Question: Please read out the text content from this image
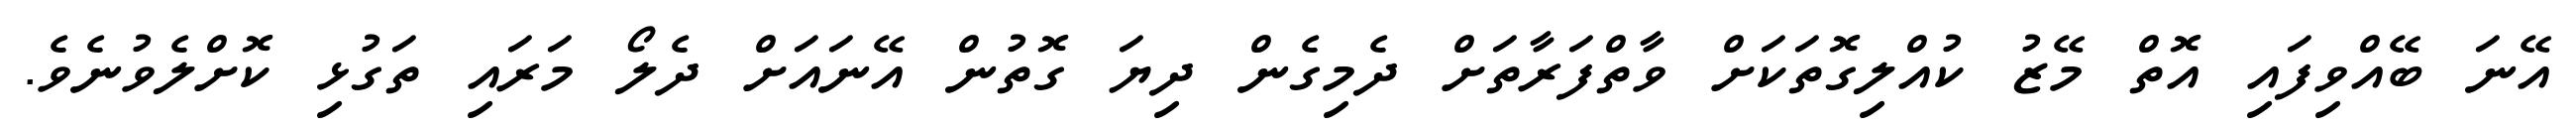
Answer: އޭނަ ބޭއްވިފައި އޮތް މޭޒު ކުއްލިގޮތަކަށް ވާތްފަރާތަށް ދެމިގެން ދިޔަ ގޮތުން އޭނައަށް ދެލޯ މަރައި ތަގުޅި ކޮށްލެވުނެވެ.